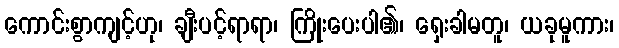
ကောင်းစွာကျင့်ဟု၊ ချီးပင့်ရာရာ၊ ကြိုးပေးပါ၏၊ ရှေးခါမတူ၊ ယခုမူကား၊